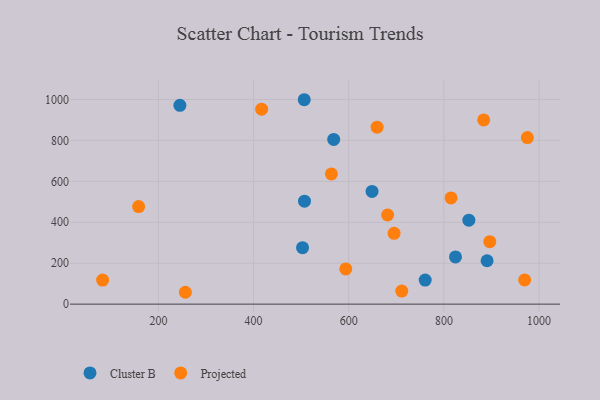
{"axis": {"x": "Study Hours", "y": "Demand"}, "legend": ["Cluster B", "Projected"], "data": [{"x": "890.8", "y": 212.1, "type": "Cluster B"}, {"x": "502.9", "y": 275.7, "type": "Cluster B"}, {"x": "824.4", "y": 230.7, "type": "Cluster B"}, {"x": "507.0", "y": 503.3, "type": "Cluster B"}, {"x": "506.5", "y": 998.9, "type": "Cluster B"}, {"x": "852.5", "y": 410.5, "type": "Cluster B"}, {"x": "760.7", "y": 117.8, "type": "Cluster B"}, {"x": "568.4", "y": 804.8, "type": "Cluster B"}, {"x": "649.0", "y": 550.6, "type": "Cluster B"}, {"x": "245.1", "y": 971.7, "type": "Cluster B"}, {"x": "158.4", "y": 476.6, "type": "Projected"}, {"x": "82.7", "y": 117.4, "type": "Projected"}, {"x": "563.6", "y": 636.5, "type": "Projected"}, {"x": "711.5", "y": 63.8, "type": "Projected"}, {"x": "593.8", "y": 172.0, "type": "Projected"}, {"x": "659.6", "y": 864.9, "type": "Projected"}, {"x": "695.3", "y": 346.1, "type": "Projected"}, {"x": "681.7", "y": 435.6, "type": "Projected"}, {"x": "969.8", "y": 118.5, "type": "Projected"}, {"x": "416.9", "y": 952.7, "type": "Projected"}, {"x": "815.1", "y": 518.9, "type": "Projected"}, {"x": "883.7", "y": 900.2, "type": "Projected"}, {"x": "975.5", "y": 814.0, "type": "Projected"}, {"x": "256.6", "y": 58.0, "type": "Projected"}, {"x": "896.5", "y": 305.3, "type": "Projected"}]}